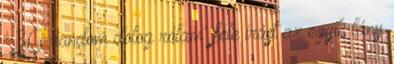
'30 random dolog rólam' féle írást az egyik lány